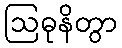
ဩဓုနိတွာ